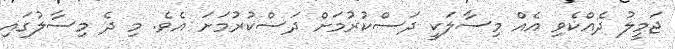
ޖަމީލު ދެއްކެވި އެއް މިސާލަކީ ދަސްކުރުމަށް ދަސްކުރުމަށަ އެވެ. މި ދެ މިސާލުގައި